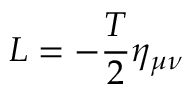
L = - \frac T 2 \eta _ { \mu \nu }